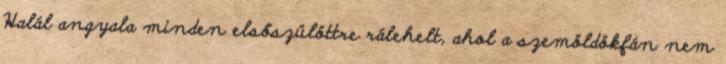
Halál angyala minden elsőszülöttre rálehelt, ahol a szemöldökfán nem